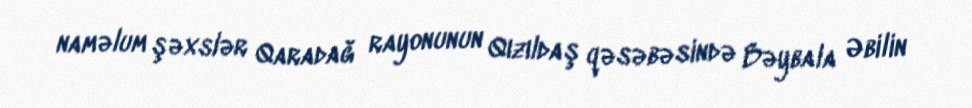
naməlum şəxslər Qaradağ rayonunun Qızıldaş qəsəbəsində Bəybala Əbilin